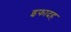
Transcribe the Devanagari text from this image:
इफादह